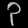
Digit: ၃